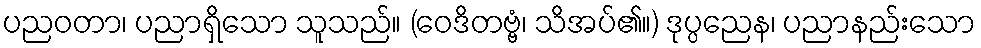
ပညဝတာ၊ ပညာရှိသော သူသည်။ (ဝေဒိတဗ္ဗံ၊ သိအပ်၏။) ဒုပ္ပညေန၊ ပညာနည်းသော